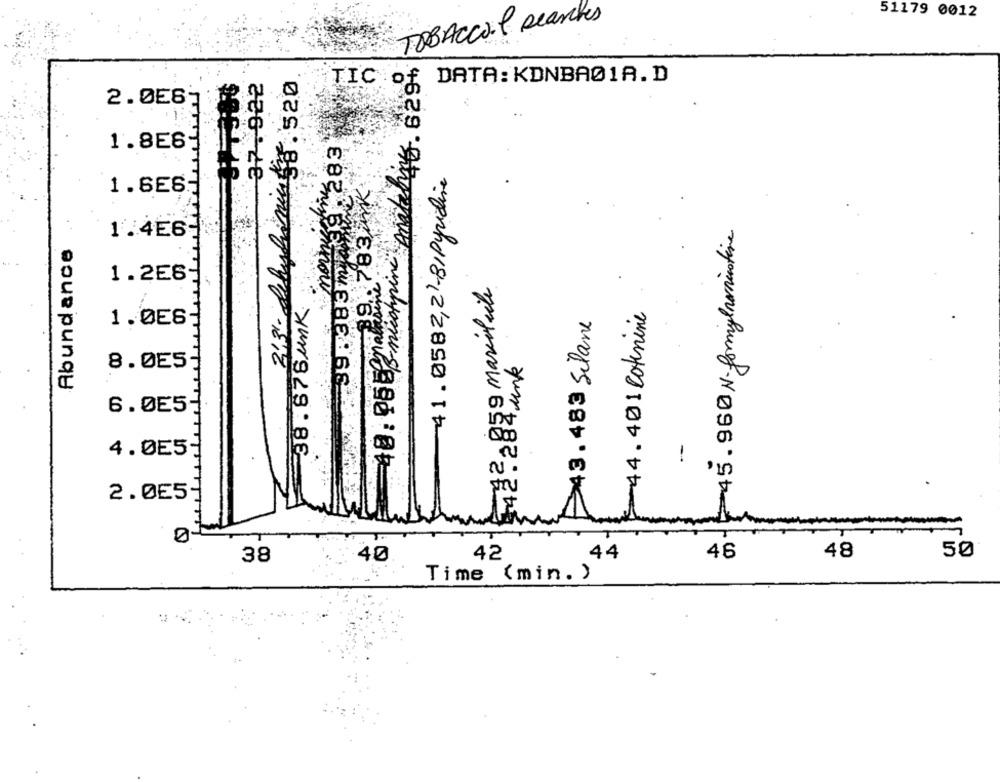
51179 0012
TOBACCO.P searches
B-muchpine Andtahit . 629%
37. 922
213 - dehykonings. 520
DATA: KDNBA01A.D
TIC of
2.0E67
1
morning83
1.8E6
41.0582,21-8/Pyridine
40:05 nahum ? 33 unk
39 .383 m
1.6E6
45.960 N. formylnenicotine
1.4E6
Abundance
1.2E6
3859 Marisleite
38. 678unk
44.401 Cotnine
43.483 Silane
1.0E6
742 - 284 unk
8.0E5
6.0E5-
4.0E5
2.055
0-
46
48
50
38
40
42
.44
Time (min. )